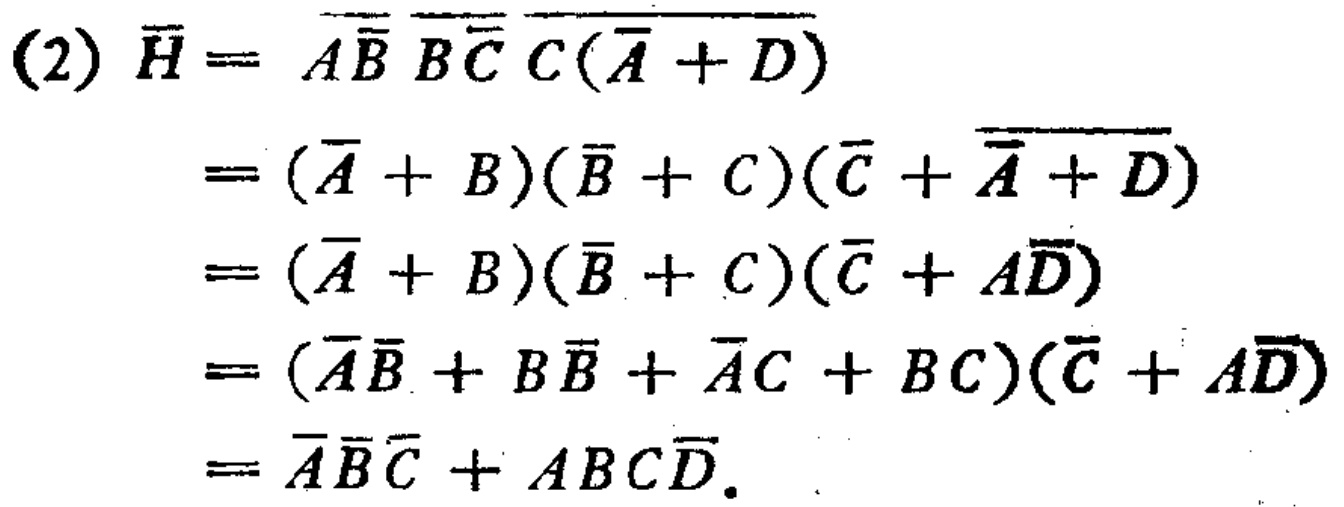
\begin{align*}

(2)\ \overline{H}&=\overline{\overline{A}\overline{B}}\ \overline{\overline{B}\overline{C}}\ \overline{C(\overline{A} + D)}\\

&= (\overline{\overline{A}} + \overline{\overline{B}})(\overline{\overline{B}} + \overline{\overline{C}})(\overline{C} + \overline{\overline{A} + D})\\

&= (\overline{A} + B)(\overline{B} + C)(\overline{C} + \overline{\overline{A}}\overline{\overline{D}})\\

&= (\overline{A} + B)(\overline{B} + C)(\overline{C} + A\overline{D})\\

&= (\overline{A}\overline{B} + B\overline{B} + \overline{A}C + BC)(\overline{C} + A\overline{D})\\

&= \overline{A}\overline{B}\overline{C} + ABC\overline{D}.

\end{align*}